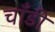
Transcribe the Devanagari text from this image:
चाँडी